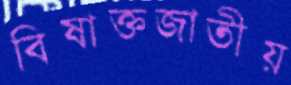
বিষাক্তজাতীয়